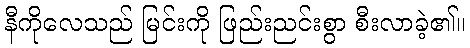
နီကိုလေသည် မြင်းကို ဖြည်းညင်းစွာ စီးလာခဲ့၏။